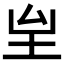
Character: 𡉸